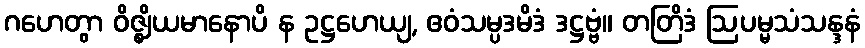
ဂဟေတွာ ဝိဇ္ဈိယမာနောပိ န ဥဋ္ဌဟေယျ, ဧဝံသမ္ပဒမိဒံ ဒဋ္ဌဗ္ဗံ။ တတြိဒံ ဩပမ္မသံသန္ဒနံ